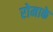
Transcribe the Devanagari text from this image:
रोमाके